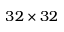
3 2 \times 3 2